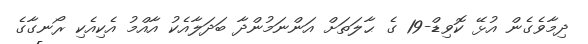
ދިމާވެގެން އުޅޭ ކޮވިޑް-19 ގެ ޙާލަތަށް އަންނަމުންދާ ބަދަލާއެކު އާއްމު އެކިއެކި ރޯނގާގެ